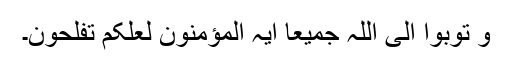
وَ تُوۡبُوۡۤا اِلَی اللّٰہِ جَمِیۡعًا اَیُّہَ الۡمُؤۡمِنُوۡنَ لَعَلَّکُمۡ تُفۡلِحُوۡنَ۔